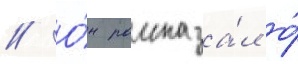
// О́н рассказа́л о́